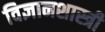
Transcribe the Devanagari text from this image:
विज्ञानशास्त्री